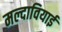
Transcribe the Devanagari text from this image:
मल्दावियाई